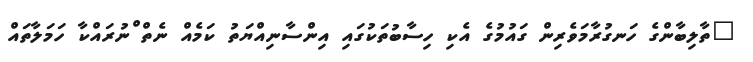
"ތާލިބާންގެ ހަނގުރާމަވެރިން ގައުމުގެ އެކި ހިސާބުތަކުގައި އިންސާނިއްޔަތު ކަމެއް ނެތް ްނުރައްކާ ހަމަލާތައް